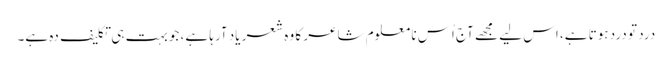
درد تو درد ہوتا ہے، اس لیے مجھے آج اُس نا معلوم شاعر کا وہ شعر یاد آرہا ہے، جو بہت ہی تکلیف دہ ہے۔